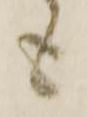
も